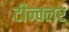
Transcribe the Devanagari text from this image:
टीन्क्लर